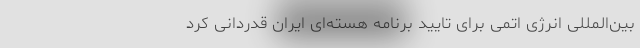
بین‌المللی انرژی اتمی برای تایید برنامه هسته‌ای ایران قدردانی کرد